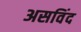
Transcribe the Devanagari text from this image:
असविंद